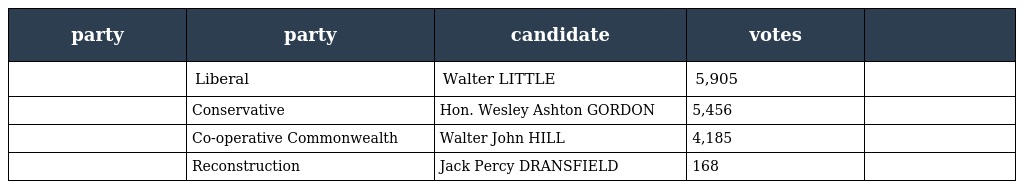
| party | party | candidate | votes |  |
 | --- | --- | --- | --- | --- |
 |  | Liberal | Walter LITTLE | 5,905 |  |
 |  | Conservative | Hon. Wesley Ashton GORDON | 5,456 |  |
 |  | Co-operative Commonwealth | Walter John HILL | 4,185 |  |
 |  | Reconstruction | Jack Percy DRANSFIELD | 168 |  |